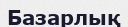
Базарлық